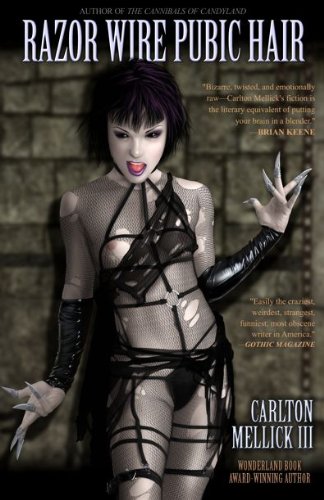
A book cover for Razor Wire Pubic Hair; Carlton Mellick III; Romance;